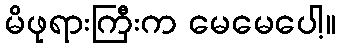
မိဖုရားကြီးက မေမေပေါ့။